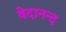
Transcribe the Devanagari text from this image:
वेदानन्द